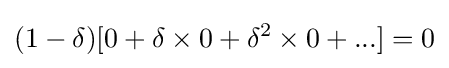
(1-\delta )[0+\delta \times 0+\delta ^{2}\times 0+...]=0